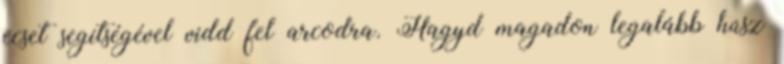
ecset segítségével vidd fel arcodra. Hagyd magadon legalább húsz